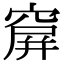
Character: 𥧋